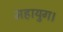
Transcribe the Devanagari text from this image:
महायुग।